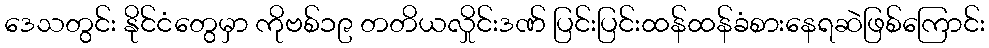
ဒေသတွင်း နိုင်ငံတွေမှာ ကိုဗစ်၁၉ တတိယလှိုင်းဒဏ် ပြင်းပြင်းထန်ထန်ခံစားနေရဆဲဖြစ်ကြောင်း